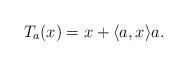
LaTeX: \begin{align*}T_a(x) = x + \langle a , x \rangle a.\end{align*}